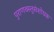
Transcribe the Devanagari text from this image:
पुराणवस्तुसंशोधक